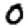
Digit: 0